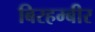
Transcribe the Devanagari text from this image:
बिरहम्बीर